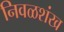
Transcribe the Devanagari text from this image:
निवळशंख